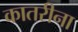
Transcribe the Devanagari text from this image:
कातरीना